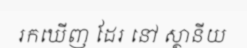
រកឃើញ ដែរ នៅ ស្ថានីយ